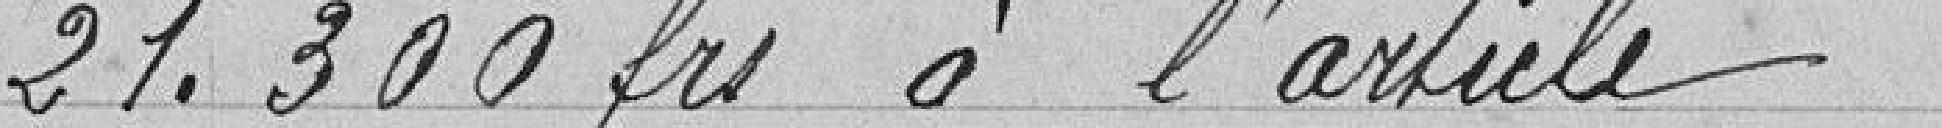
21.300 francs à l'article  1